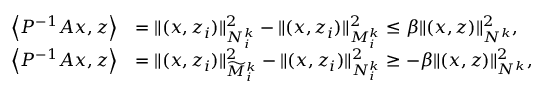
\begin{array} { r l } { \left\langle P ^ { - 1 } A x , z \right\rangle } & { = \| ( x , z _ { i } ) \| _ { N _ { i } ^ { k } } ^ { 2 } - \| ( x , z _ { i } ) \| _ { M _ { i } ^ { k } } ^ { 2 } \leq \beta \| ( x , z ) \| _ { N ^ { k } } ^ { 2 } , } \\ { \left\langle P ^ { - 1 } A x , z \right\rangle } & { = \| ( x , z _ { i } ) \| _ { \widetilde { M } _ { i } ^ { k } } ^ { 2 } - \| ( x , z _ { i } ) \| _ { N _ { i } ^ { k } } ^ { 2 } \geq - \beta \| ( x , z ) \| _ { N ^ { k } } ^ { 2 } , } \end{array}